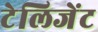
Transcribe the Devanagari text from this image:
टेलिजेंट